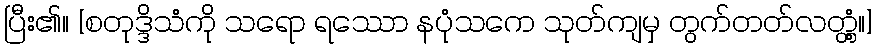
ပြီး၏။ [စတုဒ္ဒိသံကို သရော ရဿော နပုံသကေ သုတ်ကျမှ တွက်တတ်လတ္တံ့။]